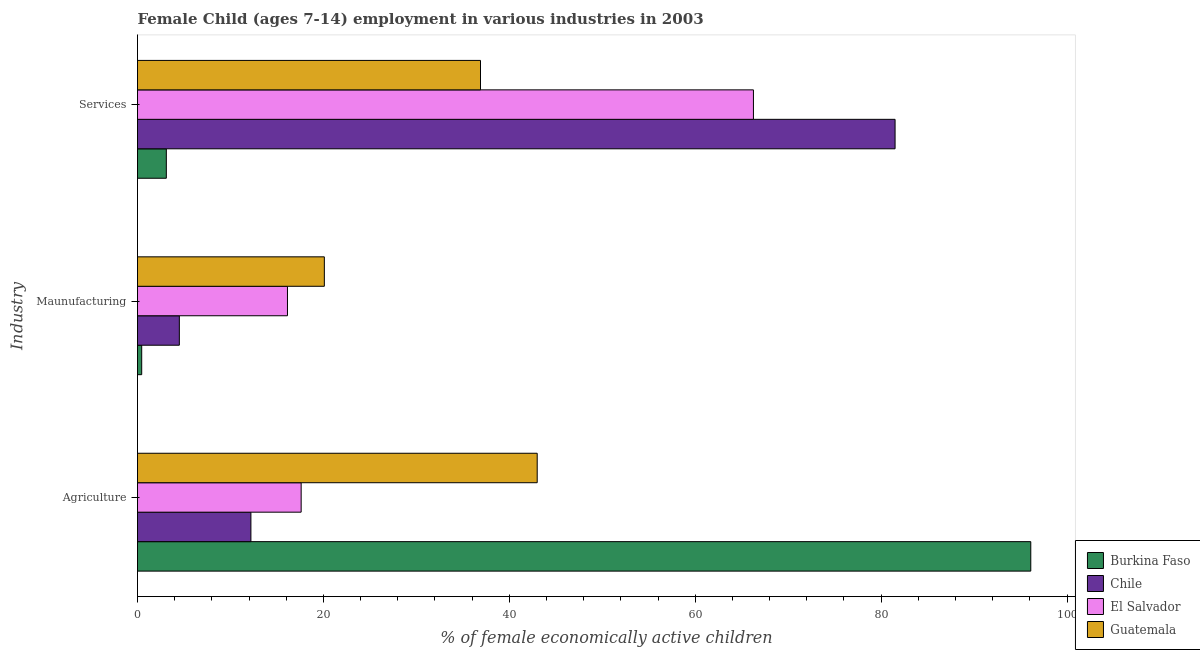
| Industry | Burkina Faso | Chile | El Salvador | Guatemala |
 | --- | --- | --- | --- | --- |
 | Agriculture | 96.1 | 12.2 | 17.6 | 43 |
 | Maunufacturing | 0.451 | 4.5 | 16.1 | 20.1 |
 | Services | 3.1 | 81.5 | 66.3 | 36.9 |